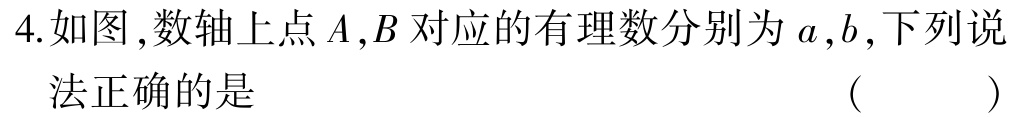
4.如图,数轴上点\(A,B\)对应的有理数分别为\(a,b\),下列说法正确的是 （  ）